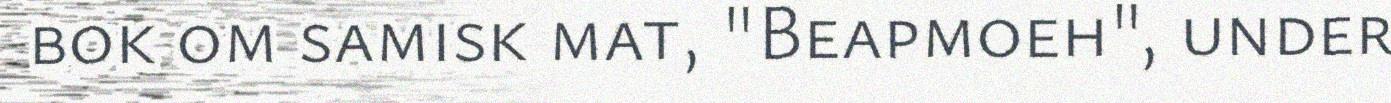
bok om samisk mat, "Beapmoeh", under